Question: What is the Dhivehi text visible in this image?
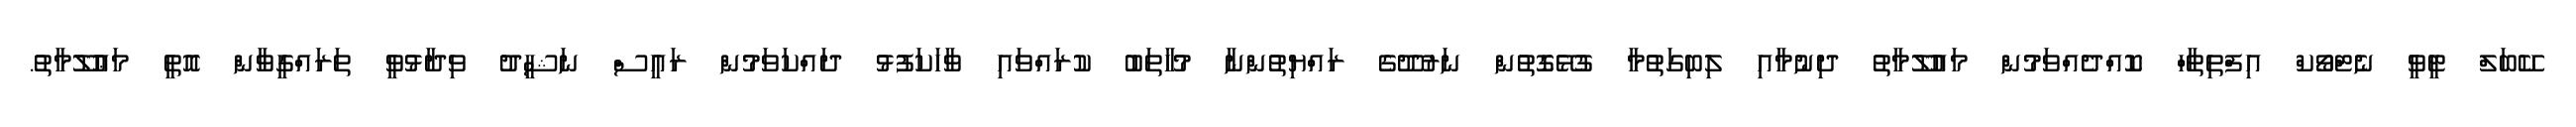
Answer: ކޭބަލް ޓީވީ ނެޓްވޯކް އިފްތިތާހް ކޮއްދެއްވަމުން މައުލޫމާތު ދިނުމާއި ލިބިގަތުމާ ގުޅޭގޮތުން ނަރުދޫގެ ރައްޔިތުންނާ މުހާތަބު ކުރައްވައި ވާހަކަފުޅު ދައްކަވަމުން ރައީސް ނަޝީދު ވިދާޅުވީ ތަރައްގީވާން އޮތީ މަޢުލޫމާތު.